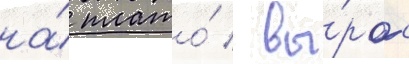
на́ плато́ / вы́рос